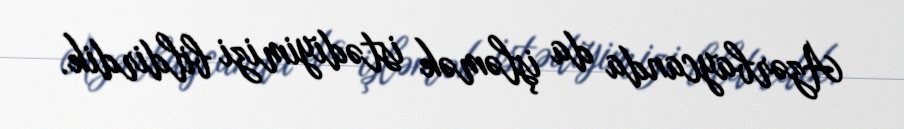
Azərbaycanda da işləmək istədiyimizi bildirdik.